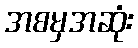
အစမှအဆုံး